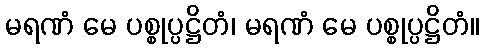
မရဏံ မေ ပစ္စုပ္ပဋ္ဌိတံ၊ မရဏံ မေ ပစ္စုပ္ပဋ္ဌိတံ။